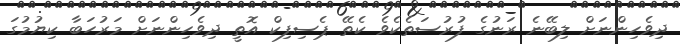
ދިވެހިންނަށް ލިބޭނެ ރަނުގެ ފުރުސަތެކެވެ ކެތޭ ޕެސިފިކް އޮތީ ދިވެހިންނަށް މަރުހަބާ ކިޔުމުގަ